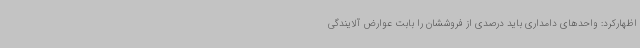
اظهارکرد: واحدهای دامداری باید درصدی از فروششان را بابت عوارض آلایندگی